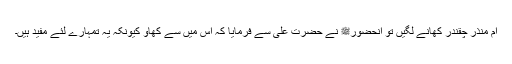
ام منذرؓ چقندر کھانے لگیں تو آنحضورﷺ نے حضرت علیؓ سے فرمایا کہ اس میں سے کھاؤ کیونکہ یہ تمہارے لئے مفید ہیں۔